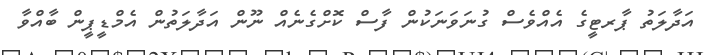
އަދާލަތު ޕާރޓީގެ އެއްވެސް ގުނަވަނަކުން ފާސް ކޮށްގެނެއް ނޫން އަދާލަތުން އެމްޑީޕީން ބާއްވާ